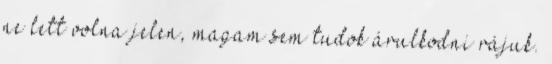
ne lett volna jelen, magam sem tudok árulkodni rájuk.